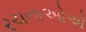
રચનાઓએ